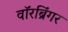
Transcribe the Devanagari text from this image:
वॉरब्रिंगर